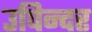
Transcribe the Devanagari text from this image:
उपिन्दर